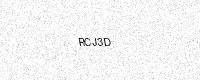
Text: RCJ3D